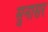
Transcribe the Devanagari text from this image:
सुनासर